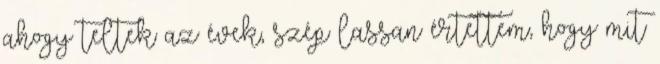
ahogy teltek az évek, szép lassan értettem, hogy mit